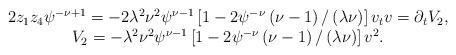
LaTeX: \begin{align*}\left. \begin{array}{c}2z_{1}z_{4}\psi ^{-\nu +1}=-2\lambda ^{2}\nu ^{2}\psi ^{\nu -1}\left[1-2\psi ^{-\nu }\left( \nu -1\right) /\left( \lambda \nu \right) \right]v_{t}v=\partial _{t}V_{2}, \\ V_{2}=-\lambda ^{2}\nu ^{2}\psi ^{\nu -1}\left[ 1-2\psi ^{-\nu }\left( \nu-1\right) /\left( \lambda \nu \right) \right] v^{2}.\end{array}\right. \end{align*}